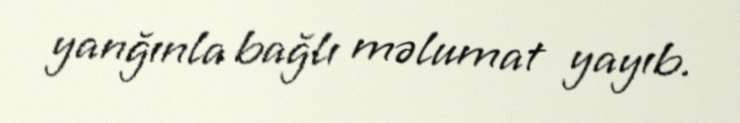
yanğınla bağlı məlumat yayıb.